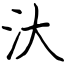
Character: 汏